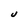
Character: J